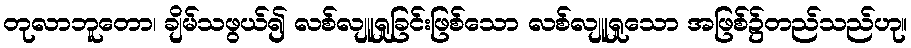
တုလာဘူတော၊ ချိမ်သဖွယ်၍ လစ်လျူရှုခြင်းဖြစ်သော လစ်လျူရှုသော အဖြစ်၌တည်သည်ဟု။